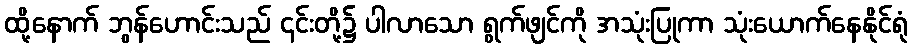
ထို့နောက် ဘွန်ဟောင်းသည် ၎င်းတို့၌ ပါလာသော ရွက်ဖျင်ကို အသုံးပြုကာ သုံးယောက်နေနိုင်ရုံ